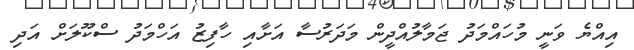
އިއްޔެ ވަނީ މުހައްމަދު ޖަމާލުއްދީން މަދަރުސާ އަށާއި ހާފިޒު އަހްމަދު ސްކޫލަށް އަދި